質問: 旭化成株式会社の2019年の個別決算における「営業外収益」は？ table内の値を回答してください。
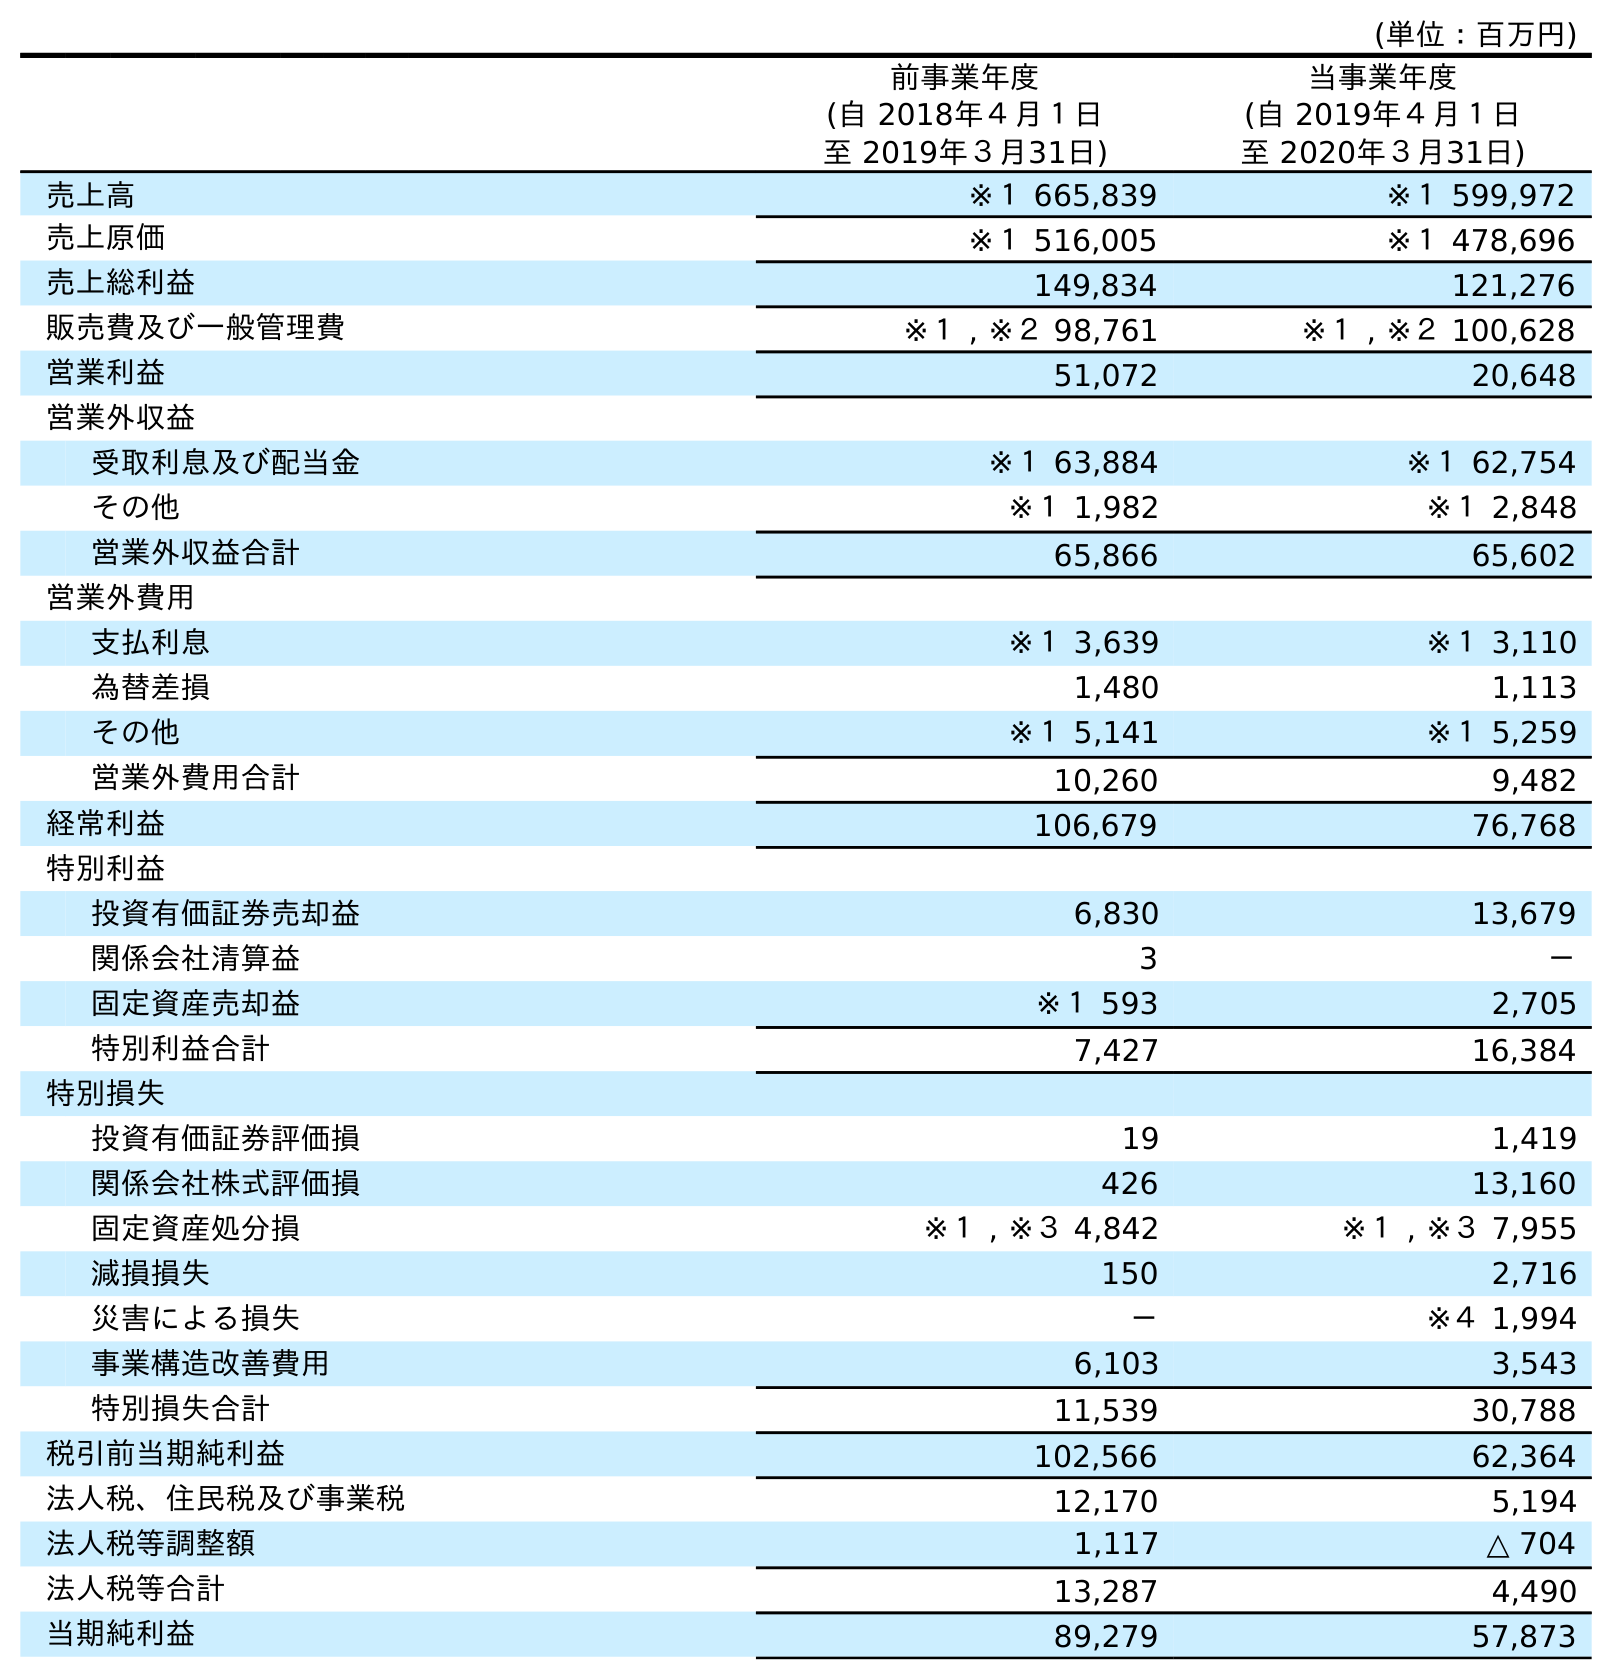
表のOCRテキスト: (単位：百万円) 前事業年度 (自 2018年４月１日 至 2019年３月31日) 当事業年度 (自 2019年４月１日 至 2020年３月31日) 売上高 ※１ 665,839 ※１ 599,972 売上原価 ※１ 516,005 ※１ 478,696 売上総利益 149,834 121,276 販売費及び一般管理費 ※１ , ※２ 98,761 ※１ , ※２ 100,628 営業利益 51,072 20,648 営業外収益 受取利息及び配当金 ※１ 63,884 ※１ 62,754 その他 ※１ 1,982 ※１ 2,848 営業外収益合計 65,866 65,602 営業外費用 支払利息 ※１ 3,639 ※１ 3,110 為替差損 1,480 1,113 その他 ※１ 5,141 ※１ 5,259 営業外費用合計 10,260 9,482 経常利益 106,679 76,768 特別利益 投資有価証券売却益 6,830 13,679 関係会社清算益 3 － 固定資産売却益 ※１ 593 2,705 特別利益合計 7,427 16,384 特別損失 投資有価証券評価損 19 1,419 関係会社株式評価損 426 13,160 固定資産処分損 ※１ , ※３ 4,842 ※１ , ※３ 7,955 減損損失 150 2,716 災害による損失 － ※４ 1,994 事業構造改善費用 6,103 3,543 特別損失合計 11,539 30,788 税引前当期純利益 102,566 62,364 法人税、住民税及び事業税 12,170 5,194 法人税等調整額 1,117 △ 704 法人税等合計 13,287 4,490 当期純利益 89,279 57,873
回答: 65,866